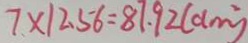
7 \times 1 2 . 5 6 = 8 7 . 9 2 ( d m ^ { 2 } )